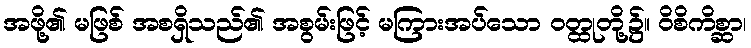
အဖို့၏ မဖြစ် အစရှိသည်၏ အစွမ်းဖြင့် မကြားအပ်သော ဝတ္ထုတို့၌။ ဝိစိကိစ္ဆာ၊